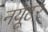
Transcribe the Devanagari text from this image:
नयूटर